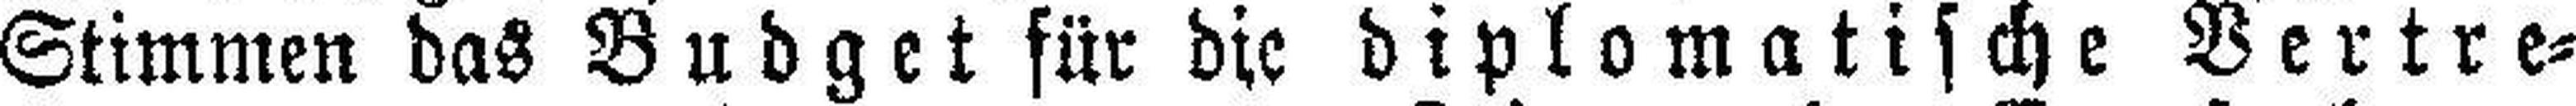
Stimmen das Budget für die diplomatische Vertre¬